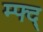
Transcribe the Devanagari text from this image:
म्फ्द्